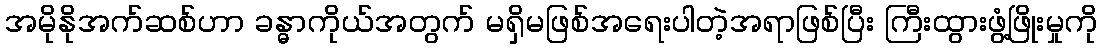
အမိုနိုအက်ဆစ်ဟာ ခန္ဓာကိုယ်အတွက် မရှိမဖြစ်အရေးပါတဲ့အရာဖြစ်ပြီး ကြီးထွားဖွံ့ဖြိုးမှုကို